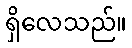
ရှိလေသည်။